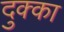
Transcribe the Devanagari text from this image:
दुक्का